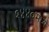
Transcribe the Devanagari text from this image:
१४४०मध्ये